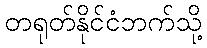
တရုတ်နိုင်ငံဘက်သို့